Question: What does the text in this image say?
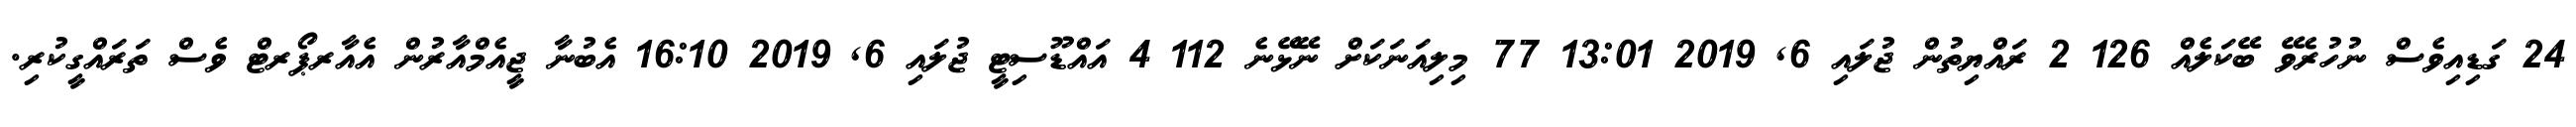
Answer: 24 ގަޑިއިވެސް ނުހުރެވޭ ބޭކަލެއް 126 2 ރައްޔިތުން ޖުލައި 6, 2019 13:01 77 މިލިއަނަކަށް ނޭޅޭނެ 112 4 އައްޑޫސިޓީ ޖުލައި 6, 2019 16:10 އެބުނާ ޖީއެމްއާރުން އެއާރޕޯރޓް ވެސް ތަރައްގީކުރި.